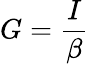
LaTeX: G=\frac{I}{\beta}